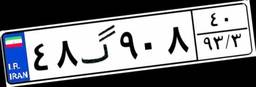
۳۲گ۱۴۵۶۸